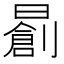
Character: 𣋃